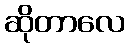
ဆိုတာလေ